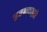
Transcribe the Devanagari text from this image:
पुतळ्याद्वारे